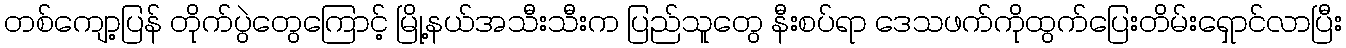
တစ်ကျော့ပြန် တိုက်ပွဲတွေကြောင့် မြို့နယ်အသီးသီးက ပြည်သူတွေ နီးစပ်ရာ ဒေသဖက်ကိုထွက်ပြေးတိမ်းရှောင်လာပြီး